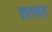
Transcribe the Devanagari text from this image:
तत्सत